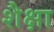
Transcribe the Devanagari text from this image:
शैक्षा